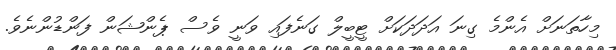
މިހާތަނަށް އެންމެ ގިނަ އަދަދަކަށް ޓީބީލް ގަނެފައި ވަނީ ވެސް ޕެންޝަން ފަންޑުންނެވެ.